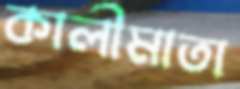
কালীমাতা